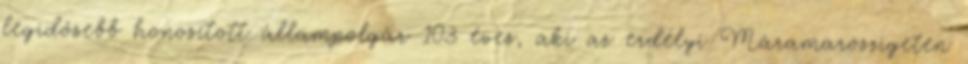
legidősebb honosított állampolgár 103 éves, aki az erdélyi Máramaroszigeten